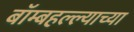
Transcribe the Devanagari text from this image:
बॉम्बहल्ल्याच्या